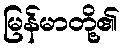
မြန်မာတို့၏